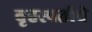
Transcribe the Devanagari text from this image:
बृहस्पतीचे